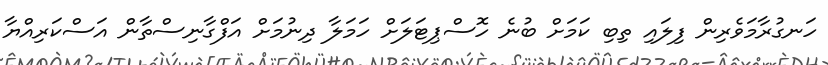
ހަނގުރާމަވެރިން ފިލައި ތިބި ކަމަށް ބުނެ ހޮސްޕިޓަލަށް ހަމަލާ ދިނުމަށް އަފްގާނިސްތާން އަސްކަރިއްޔާ